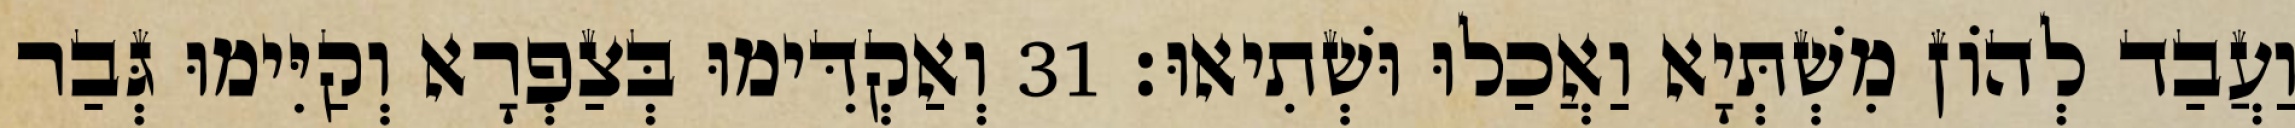
וַעֲבַד לְהוֹן מִשְׁתְּיָא וַאֲכַלוּ וּשְׁתִיאוּ׃ 31 וְאַקְדִּימוּ בְּצַפְרָא וְקַיִּימוּ גְּבַר